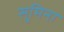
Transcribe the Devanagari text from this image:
सुमिना